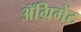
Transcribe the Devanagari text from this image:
ॲग्रिमेंट